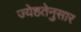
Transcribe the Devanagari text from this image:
ज्येष्ठतेनुसार